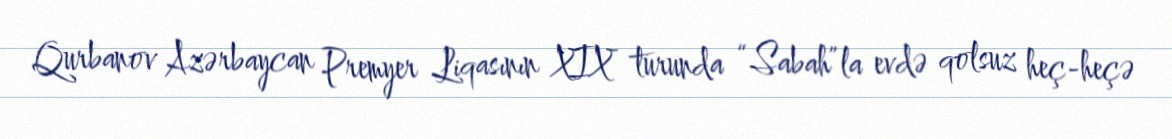
Qurbanov Azərbaycan Premyer Liqasının XIX turunda “Sabah”la evdə qolsuz heç-heçə